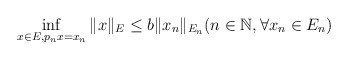
\begin{align*}\inf_{x \in E, p_n x = x_n} \|x\|_E \le b \|x_n\|_{E_n} (n \in \mathbb N, \forall x_n \in E_n)\end{align*}